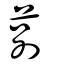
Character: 莂